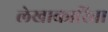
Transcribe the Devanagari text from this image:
लेखाकारिता